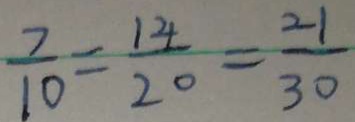
\frac { 7 } { 1 0 } = \frac { 1 4 } { 2 0 } = \frac { 2 1 } { 3 0 }